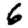
Digit: 6